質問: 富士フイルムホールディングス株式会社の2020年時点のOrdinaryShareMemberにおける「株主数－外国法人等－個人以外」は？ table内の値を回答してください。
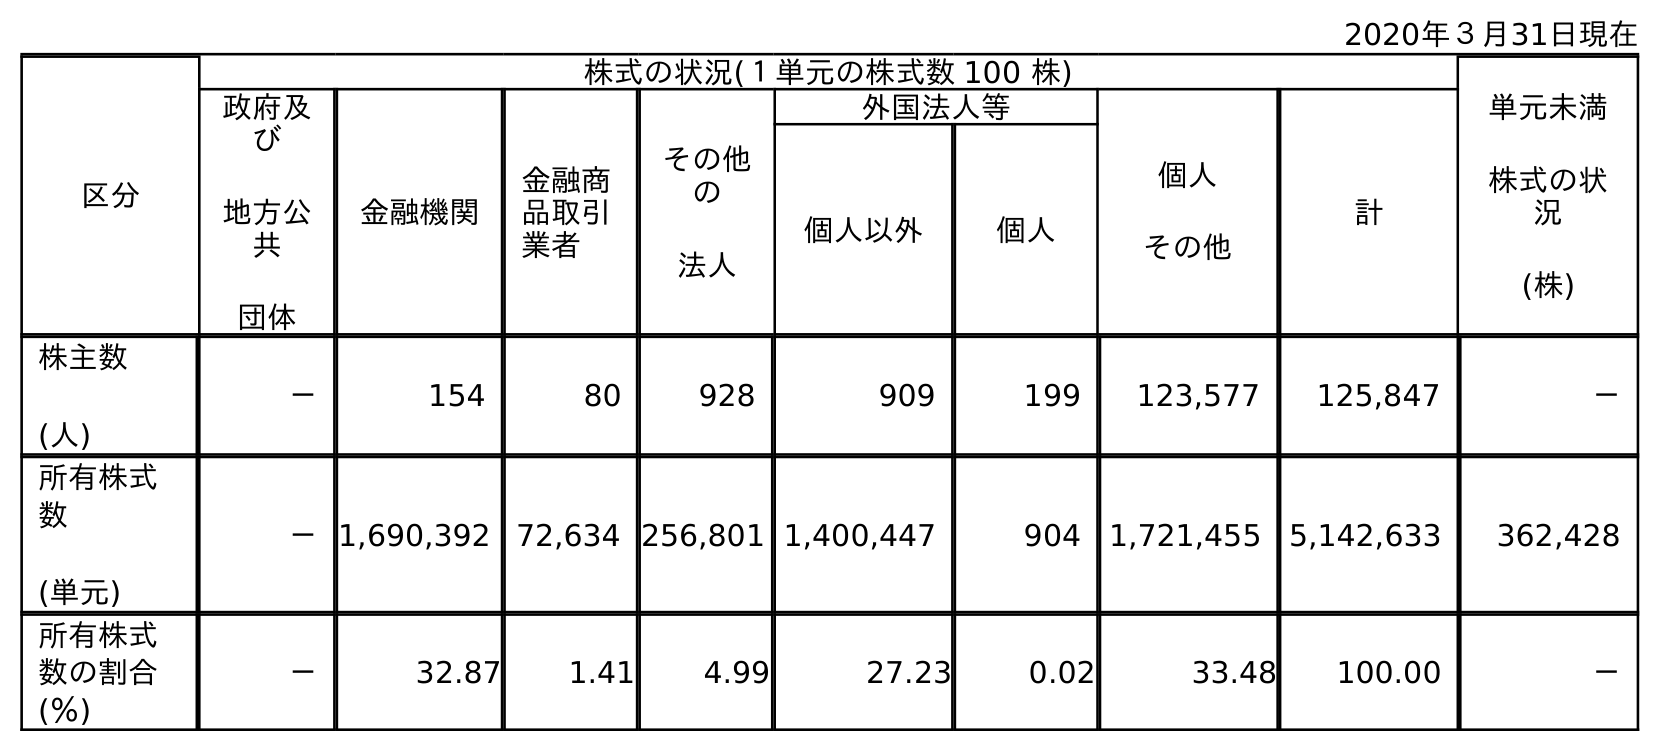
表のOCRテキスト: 2020年３月31日現在 区分 株式の状況(１単元の株式数 100 株) 単元未満 株式の状 況 (株) 政府及 び 地方公 共 団体 金融機関 金融商 品取引 業者 その他 の 法人 外国法人等 個人 その他 計 個人以外 個人 株主数 (人) － 154 80 928 909 199 123,577 125,847 － 所有株式 数 (単元) －1,690,392 72,634 256,801 1,400,447 904 1,721,455 5,142,633 362,428 所有株式 数の割合 (％) － 32.87 1.41 4.99 27.23 0.02 33.48 100.00 －
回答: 909